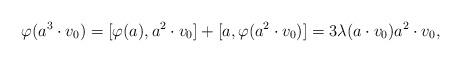
LaTeX: \begin{align*} \varphi( a^3 \cdot v_0) = [\varphi(a), a^2 \cdot v_0] + [a, \varphi(a^2 \cdot v_0)] = 3 \lambda(a \cdot v_0) a^2 \cdot v_0, \end{align*}